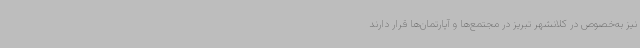
نیز به‌خصوص در کلانشهر تبریز در مجتمع‌ها و آپارتمان‌ها قرار دارند